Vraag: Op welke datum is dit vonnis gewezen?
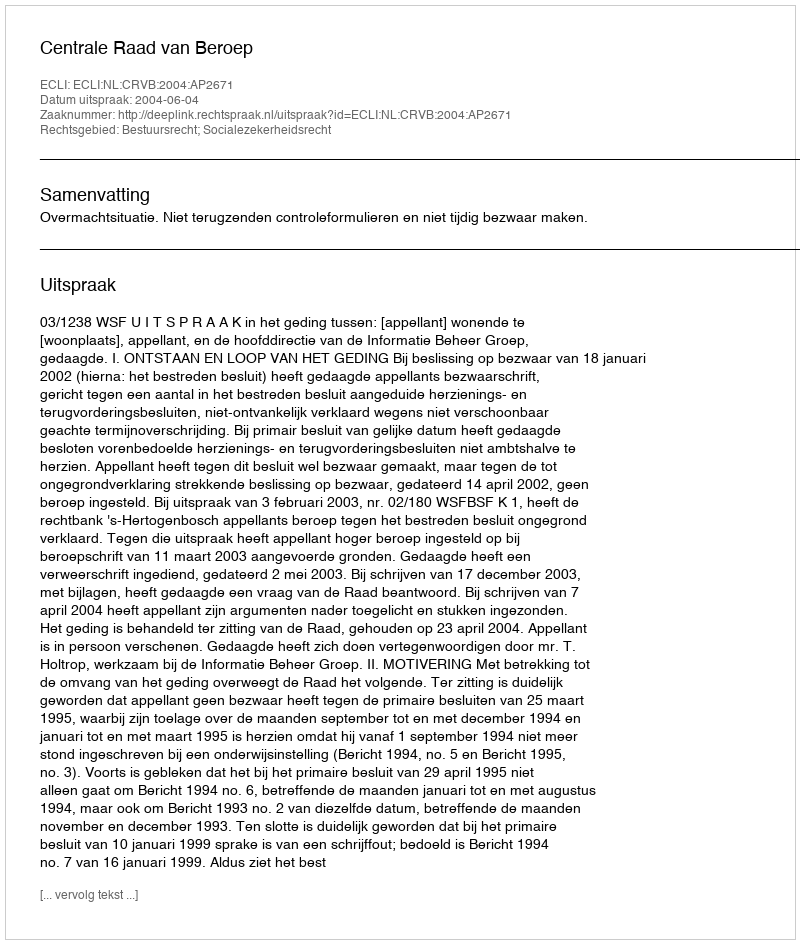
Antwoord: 2004-06-04